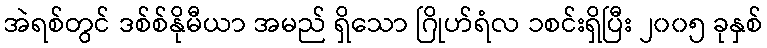
အဲရစ်တွင် ဒစ်စ်နိုမီယာ အမည် ရှိသော ဂြိုဟ်ရံလ ၁စင်းရှိပြီး ၂၀၀၅ ခုနှစ်